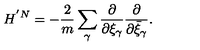
H ^ { ' N } = - \frac { 2 } { m } \sum _ { \gamma } \frac { \partial } { \partial \xi _ { \gamma } } \frac { \partial } { \partial \bar { \xi } _ { \gamma } } .